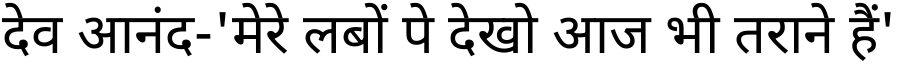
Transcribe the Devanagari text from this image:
देव आनंद-'मेरे लबों पे देखो आज भी तराने हैं'